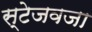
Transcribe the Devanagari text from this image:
स्टेजवजा